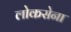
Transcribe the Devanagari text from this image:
लोकसेना